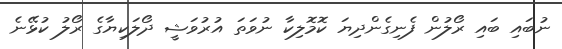
ނުބައި ބައި ރޯލުން ފެނިގެންދިޔަ ކޮމޮލިކާ ނުވަތަ އުރުވަޝީ ދޯލަކިޔާގެ ރޯލު ކުޅޭނެ